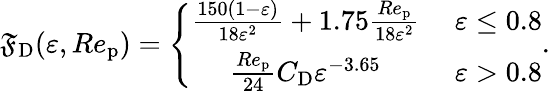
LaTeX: {\mathfrak{F}_{\mathrm{{D}}}}(\varepsilon,Re_{\mathrm{{p}}})=\left\{ \begin{array}{cl}{\frac{150(1-\varepsilon)}{18\varepsilon^{2}}+1.75\frac{Re_{\mathrm{p}}}{18\varepsilon^{2}}}&{\ \varepsilon\leq 0.8}\\ {\frac{Re_{\mathrm{p}}}{24}{C_{\mathrm{D}}}\varepsilon^{-3.65}}&{\ \varepsilon>0.8}\end{array}\right..